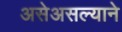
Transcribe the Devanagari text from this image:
असेअसल्याने